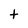
Character: t